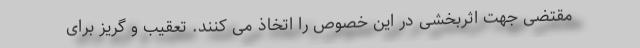
مقتضی جهت اثربخشی در این خصوص را اتخاذ می کنند. تعقیب و گریز برای